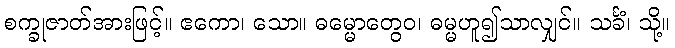
စက္ခုဇာတ်အားဖြင့်။ ဧကော၊ သော။ ဓမ္မောတွေဝ၊ ဓမ္မဟူ၍သာလျှင်။ သင်္ခံ၊ သို့။